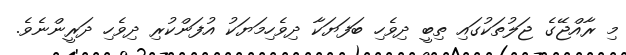
މި ރާއްޖޭގެ ޖަލުތަކުގައި ތިބީ ދިވެހި ބަފަޔަކާ ދިވެހިމަޔަކު އުފަންކުރި ދިވެހި ދަރީންނެވެ.